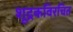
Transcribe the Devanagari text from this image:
शूद्रकविरचित